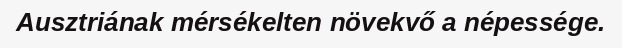
Ausztriának mérsékelten növekvő a népessége.